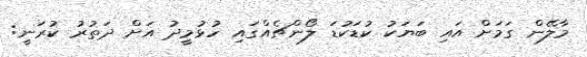
މާލޭން ގަމަށް އައި ބަޔަކު ކުޑަކުޑަ ލޯންޗެއްގައި ހުޅުމީދު އަށް ދަތުރު ކުރަނީ: